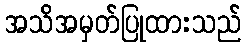
အသိအမှတ်ပြုထားသည်